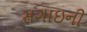
સગાઇની